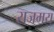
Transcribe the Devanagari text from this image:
राजमय